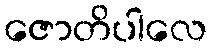
ဇောတိပါလေ